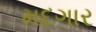
મદગાર